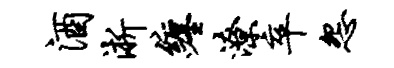
酒淅缠潦卒怨